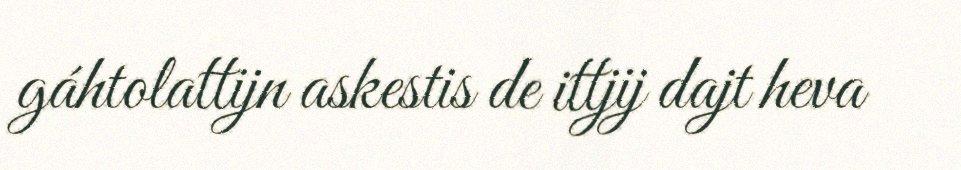
gáhtolattijn askestis de ittjij dajt heva